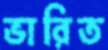
ভারিত